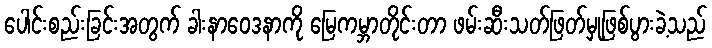
ပေါင်းစည်းခြင်းအတွက် ခါးနာဝေဒနာကို မြေကမ္ဘာတိုင်းတာ ဖမ်းဆီးသတ်ဖြတ်မှုဖြစ်ပွားခဲ့သည်